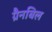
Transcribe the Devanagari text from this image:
ग्रैनबिल